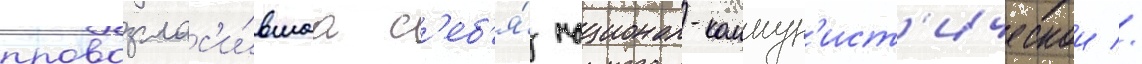
провозглас'и́вшаа с'еб'я́ национал-коммун'ист'ическои //